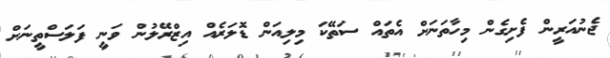
ޖެނުއަރީން ފެށިގެން މިހާތަނަށް އެތައް ސަތޭކަ މިލިއަން ޑޮލަރެއް އިޒްރޭލުން ވަނީ ފަލަސްތީނަށް